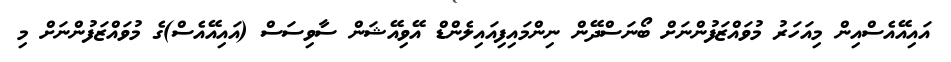
އައިއޭއެސްއިން މިއަހަރު މުވައްޒަފުންނަށް ބޯނަސްދޭން ނިންމައިފިއައިލެންޑް އޭވިއޭޝަން ސާވިސަސް (އައިއޭއެސް)ގެ މުވައްޒަފުންނަށް މި